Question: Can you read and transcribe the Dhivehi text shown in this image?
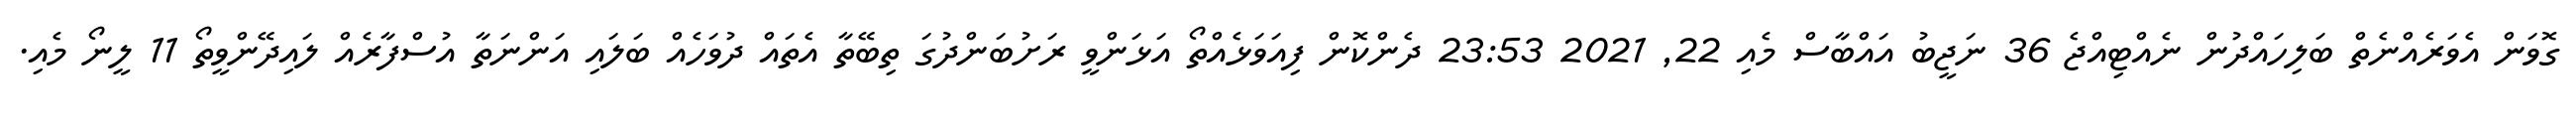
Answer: ގޮވަން އެވަރެއްނެތް ބަލިހައްދުން ނެއްޓިއްޖެ 36 ނަޖީބު އައްބާސް މެއި 22, 2021 23:53 ދެންކޮން ފިއަވަޅެއްތޯ އަޅަންވީ ރަށުބަންދުގަ ތިބޭތާ އެތައް ދުވަހެއް ބަލައި އަންނަތާ އުސްފާރެއް ލައިދޭންވީތޯ 11 ލީނޯ މެއި.